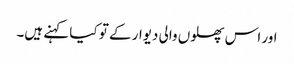
اور اس پھلوں والی دیوار کے تو کیا کہنے ہیں۔